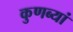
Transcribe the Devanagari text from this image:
कुणब्यां